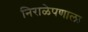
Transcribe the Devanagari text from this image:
निराळेपणाला